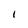
Character: I